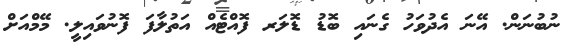
ނުބުނަން. އޭނަ އެދުވަހު ގެނައި ބޮޑު ޑޮލަރ ފޮއްޓެއް އަތުލާފަ ފޮނުވައިލީ. މޭމްއަށް